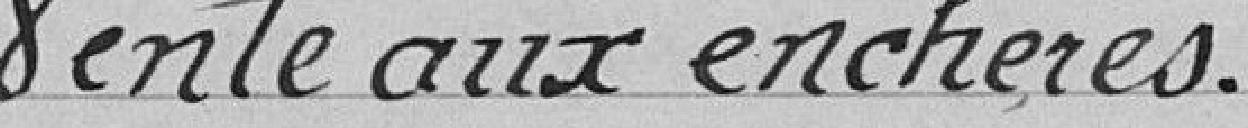
Vente aux enchères.